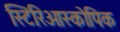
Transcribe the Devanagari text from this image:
स्टिरिओस्कोपिक